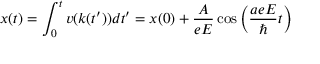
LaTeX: x ( t ) = \int _ { 0 } ^ { t } { v ( k ( t ^ { \prime } ) ) } { d t ^ { \prime } } = x ( 0 ) + { \frac { A } { e E } } \cos \left( { { \frac { a e E } { \hbar } } t } \right)